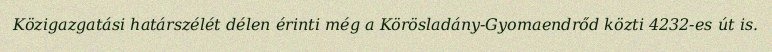
Közigazgatási határszélét délen érinti még a Körösladány-Gyomaendrőd közti 4232-es út is.